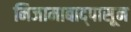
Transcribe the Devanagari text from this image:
निजामाबाद्पासून